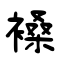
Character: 褬